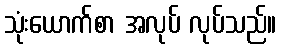
သုံးယောက်စာ အလုပ် လုပ်သည်။